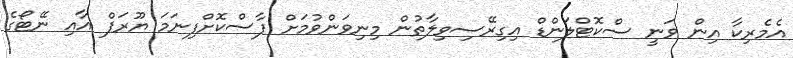
އެމެރިކާ އިން ވަނީ ސްކޮޓްލަންޑް އިގިރޭސިވިލާތުން މިނިވަންވުމަށް ފާސްކޮށްފިނަމަ ޔޫރަޕް އާއި ނޭޓޯގެ